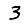
Digit: 3